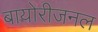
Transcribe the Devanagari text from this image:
बायोरीजनल